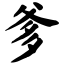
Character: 爹